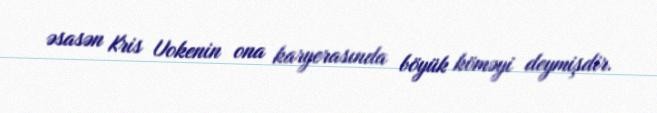
əsasən Kris Uokenin ona karyerasında böyük köməyi deymişdir.